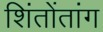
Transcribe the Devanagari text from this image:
शिंतोंतांग